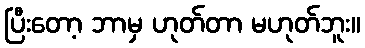
ပြီးတော့ ဘာမှ ဟုတ်တာ မဟုတ်ဘူး။